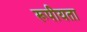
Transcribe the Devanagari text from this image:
रूपीयता